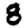
Digit: 8